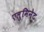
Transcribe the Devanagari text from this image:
एलुमिनेट